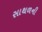
સાથળની